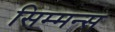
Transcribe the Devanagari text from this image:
सिम्मन्स